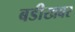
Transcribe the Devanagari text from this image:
बडीखबर